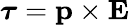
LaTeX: {\boldsymbol{\tau}}=\mathbf{p}\times\mathbf{E}